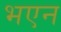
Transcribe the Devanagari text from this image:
भएन